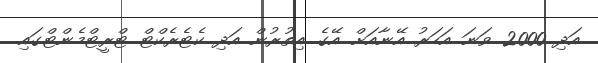
އަދި 2000 ވަނަ އަހަރު އޭނާއަށް އޭގެ އިތުރުން އަދި ކެޓެރެކްޓް ޓްރީޓްމެންޓްގައި